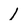
Character: 1